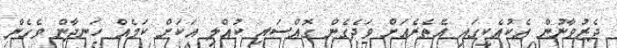
ދެޒުވާނުން އެކުއެކީގައި އެތެރެއަށް ވަދެގެން ގޮއްސައި ކުއްލި އަކަށް ކަމެއް ހަނދާން ވެގެން